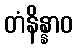
တံနိန္နာဝ